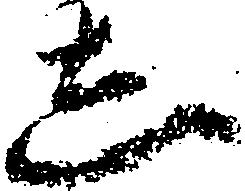
し